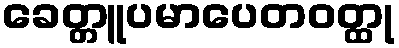
ခေတ္တူပမာပေတဝတ္ထု